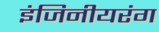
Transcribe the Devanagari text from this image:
इंजिनीयरंग